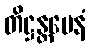
တိဋ္ဌန္တမေနံ